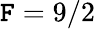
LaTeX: \mathtt{F}=9/2